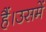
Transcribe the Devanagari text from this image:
हैं।उसमें